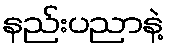
နည်းပညာနဲ့